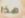
هذا